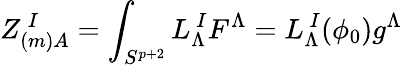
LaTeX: Z_{(m)A}^{\ I}=\int_{S^{p+2}}L_{\Lambda}^{\ I}F^{\Lambda}=L_{\Lambda}^{\ I}(\phi_{0})g^{\Lambda}